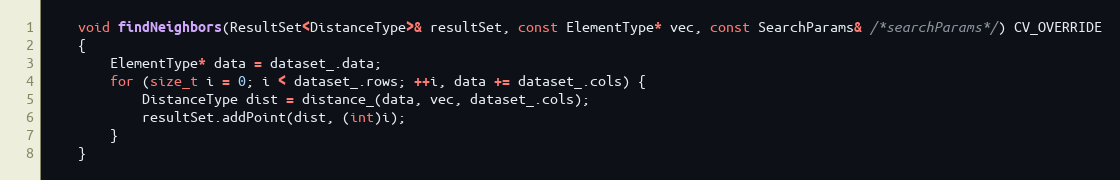
Language: C
    void findNeighbors(ResultSet<DistanceType>& resultSet, const ElementType* vec, const SearchParams& /*searchParams*/) CV_OVERRIDE
    {
        ElementType* data = dataset_.data;
        for (size_t i = 0; i < dataset_.rows; ++i, data += dataset_.cols) {
            DistanceType dist = distance_(data, vec, dataset_.cols);
            resultSet.addPoint(dist, (int)i);
        }
    }